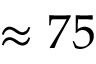
\approx 7 5